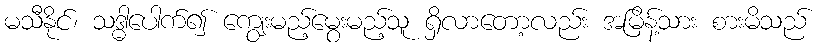
မသီနိုင်၊ သဒ္ဓါပေါက်၍ ကျွေးမည့်မွေးမည့်သူ ရှိလာတော့လည်း အမြိန့်သား စားမိသည်